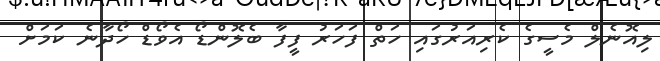
ލިއޮނެލް މެސީގެ ކެރިއަރުގައި ހަތް ފަހަރު ފީފާ ބެލޮންޑޯ އެވޯޑް ހޯދާނެ ކަމަށް